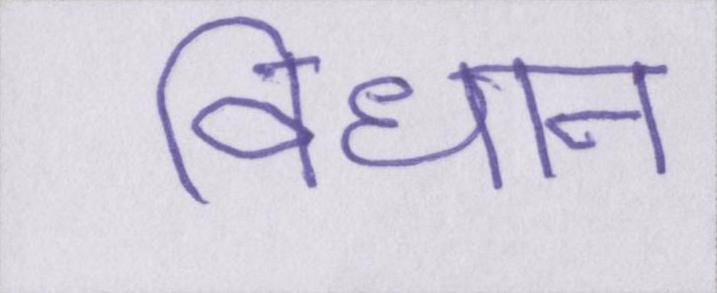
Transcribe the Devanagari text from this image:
विधान